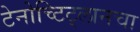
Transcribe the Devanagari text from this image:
टेनोच्टिट्लानचा